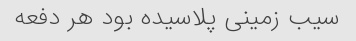
سیب زمینی پلاسیده بود هر دفعه